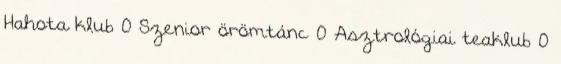
Hahota klub 0 Szenior örömtánc 0 Asztrológiai teaklub 0